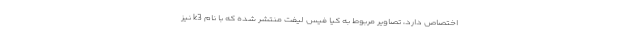
اختصاص دارد، تصاویر مربوط به کیا فیس لیفت منتشر شده که با نام k3 نیز